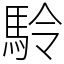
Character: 駖